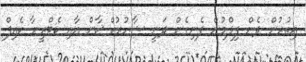
އިތުރުން ދެން ފިލްމުން ފެނިގެން ދަނީ ޝާހުރުކް ޚާން އާއި ކެޓްރީނާ ކެއިފް